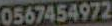
0567454972